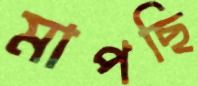
মাপছি